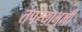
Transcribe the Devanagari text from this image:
तपस्याभूमी